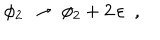
\phi _ { 2 } ~ \to ~ \phi _ { 2 } + 2 \, \varepsilon ~ ~ ,